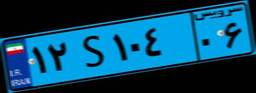
۱۴S۵۶۲۲۵